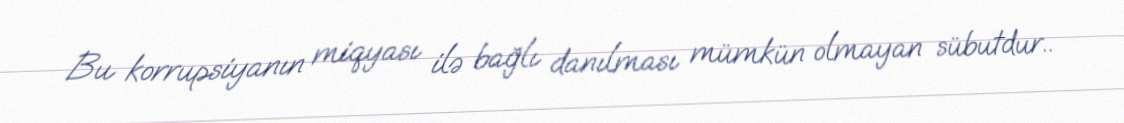
Bu korrupsiyanın miqyası ilə bağlı danılması mümkün olmayan sübutdur..